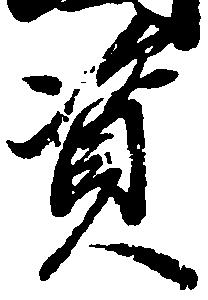
資